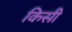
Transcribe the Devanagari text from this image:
किसी